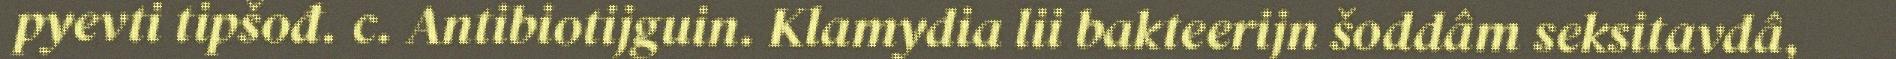
pyevti tipšođ. c. Antibiotijguin. Klamydia lii bakteerijn šoddâm seksitavdâ,